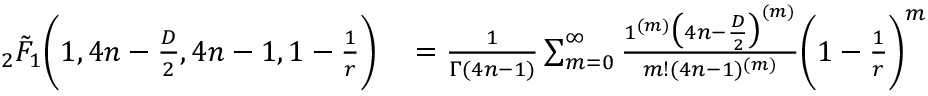
\begin{array} { r l } { \, _ { 2 } \tilde { F } _ { 1 } \bigg ( 1 , 4 n - \frac { D } { 2 } , 4 n - 1 , 1 - \frac { 1 } { r } \bigg ) } & { { } = \frac { 1 } { \Gamma ( 4 n - 1 ) } \sum _ { m = 0 } ^ { \infty } \frac { 1 ^ { ( m ) } \big ( 4 n - \frac { D } { 2 } \big ) ^ { ( m ) } } { m ! ( 4 n - 1 ) ^ { ( m ) } } \bigg ( 1 - \frac { 1 } { r } \bigg ) ^ { m } } \end{array}